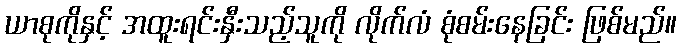
ယာစုကိုနှင့် အထူးရင်းနှီးသည့်သူကို လိုက်လံ စုံစမ်းနေခြင်း ဖြစ်မည်။